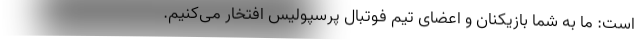
است: ما به شما بازیکنان و اعضای تیم فوتبال پرسپولیس افتخار می‌کنیم.